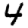
Digit: 4